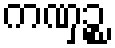
ကဏှဉ္စ